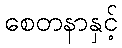
စေတနာနှင့်